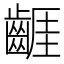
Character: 𪘬